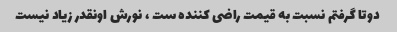
دوتا گرفتم نسبت به قیمت راضی کننده ست ، نورش اونقدر زیاد نیست